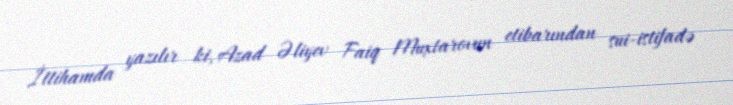
İttihamda yazılır ki, Azad Əliyev Faiq Muxtarovun etibarından sui-istifadə